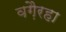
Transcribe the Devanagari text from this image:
वगै़रहा